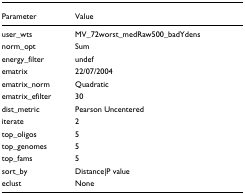
| Parameter | Value |
 | --- | --- |
 | user_wts | MV_72worst_medRaw500_badYdens |
 | norm_opt | Sum |
 | energy_filter | undef |
 | ematrix | 22/07/2004 |
 | ematrix_norm | Quadratic |
 | ematrix_efilter | 30 |
 | dist_metric | Pearson Uncentered |
 | iterate | 2 |
 | top_oligos | 5 |
 | top_genomes | 5 |
 | top_fams | 5 |
 | sort_by | Distance|P value |
 | eclust | None |